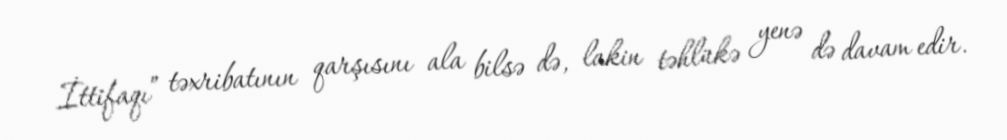
İttifaqı” təxribatının qarşısını ala bilsə də, lakin təhlükə yenə də davam edir.